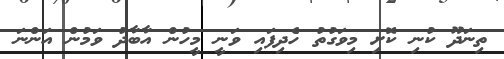
ތިނަދޫ ކުނި ކޮށި މިވަގުތު ހެދިފައި ވަނީ މީހުން އާބާދު ވަމުން އަންނަ